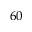
^ { 6 0 }